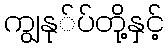
ကျွနု်ပ်တို့နှင့်